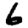
Digit: 6